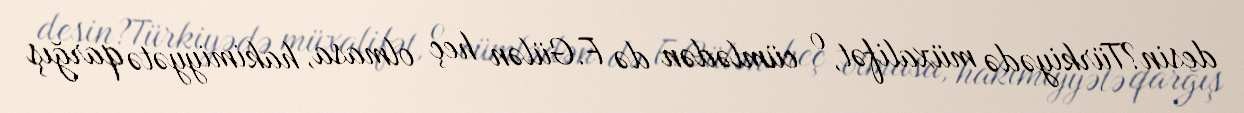
desin?Türkiyədə müxalifət, o cümlədən də F.Gülən heç olmasa, hakimiyyətə qarğış